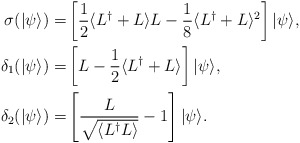
\begin{align*}\sigma(|\psi\rangle) = & \left[ \frac{1}{2} \langle L^{\dagger} + L\rangle L - \frac{1}{8} \langle L^{\dagger}+ L\rangle^2 \right] |\psi\rangle, \\\delta_1(|\psi\rangle) = & \left[ L - \frac{1}{2} \langle L^{\dagger}+ L\rangle \right] |\psi\rangle, \\\delta_2(|\psi\rangle) = & \left[\dfrac{L}{\sqrt{\langle L^{\dagger} L\rangle}} - 1\right]|\psi\rangle.\end{align*}